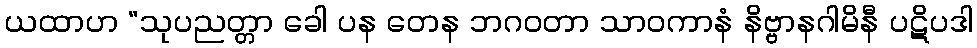
ယထာဟ “သုပညတ္တာ ခေါ ပန တေန ဘဂဝတာ သာဝကာနံ နိဗ္ဗာနဂါမိနီ ပဋိပဒါ